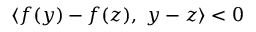
\langle f ( y ) - f ( z ) , \ y - z \rangle < 0